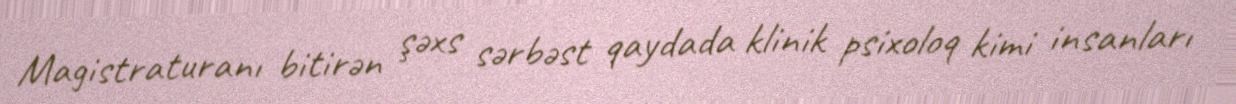
Magistraturanı bitirən şəxs sərbəst qaydada klinik psixoloq kimi insanları